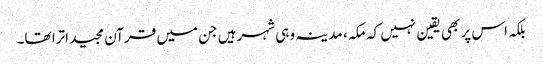
بلکہ اس پر بھی یقین نہیں کہ مکہ ، مدینہ وہی شہرہیں جن میں قرآن مجید اترا تھا۔